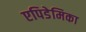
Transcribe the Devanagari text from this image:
एपिडेमिका